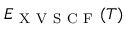
E _ { \mathrm { ~ X ~ V ~ S ~ C ~ F ~ } } ( T )